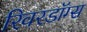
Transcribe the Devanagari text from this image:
रिवरडॉग्स